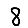
Digit: 8